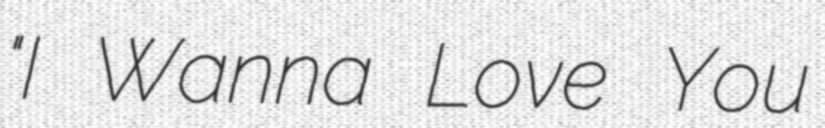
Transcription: "I Wanna Love You